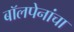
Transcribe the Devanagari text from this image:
बॉलपेनांचा